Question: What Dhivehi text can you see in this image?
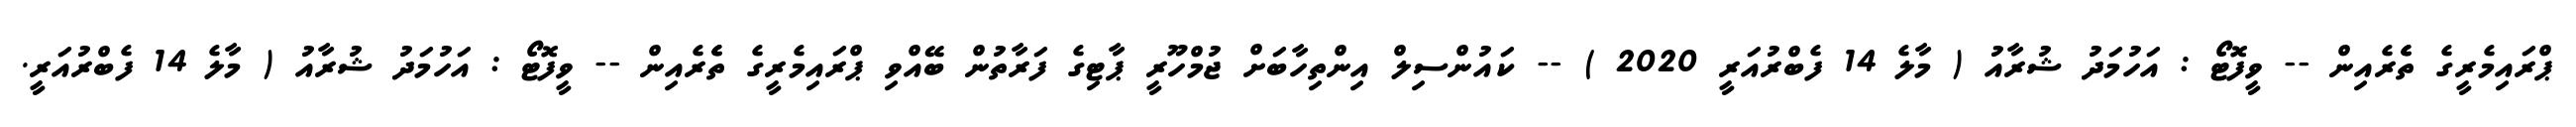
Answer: ޕްރައިމެރީގެ ތެެރެއިން -- ވީފޮޓޯ : އަހުމަދު ޝުރާއު ( މާލެ 14 ފެބްރުއަރީ 2020 ) -- ކައުންސިލް އިންތިހާބަށް ޖުމްހޫރީ ޕާޓިގެ ފަރާތުން ބޭއްވި ޕްރައިމެރީގެ ތެެރެއިން -- ވީފޮޓޯ : އަހުމަދު ޝުރާއު ( މާލެ 14 ފެބްރުއަރީ.